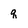
Character: q